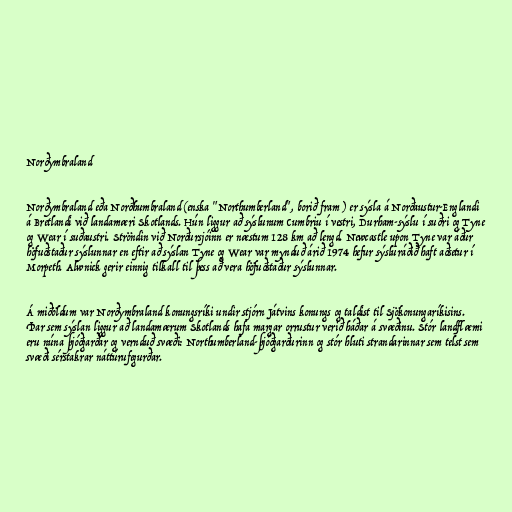
Norðymbraland

Norðymbraland eða Norðhumbraland (enska "Northumberland", borið fram ) er sýsla á Norðaustur-Englandi
á Bretlandi við landamæri Skotlands. Hún liggur að sýslunum Cumbriu í vestri, Durham-sýslu í suðri og Tyne
og Wear í suðaustri. Ströndin við Norðursjóinn er næstum 128 km að lengd. Newcastle upon Tyne var áður
höfuðstaður sýslunnar en eftir að sýslan Tyne og Wear var mynduð árið 1974 hefur sýsluráðið haft aðsetur í
Morpeth. Alwnick gerir einnig tilkall til þess að vera höfuðstaður sýslunnar.

Á miðöldum var Norðymbraland konungsríki undir stjórn Játvins konungs og taldist til Sjökonungaríkisins.
Þar sem sýslan liggur að landamærum Skotlands hafa margar orrustur verið háðar á svæðinu. Stór landflæmi
eru núna þjóðgarðar og vernduð svæði: Northumberland-þjóðgarðurinn og stór hluti strandarinnar sem telst sem
svæði sérstakrar náttúrufegurðar.